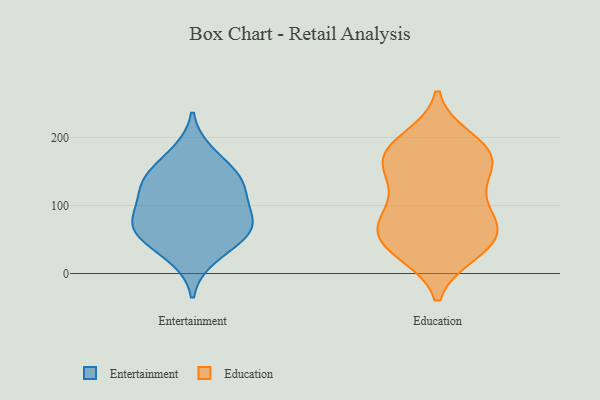
{"axis": {"x": "Net Income (USD K)", "y": "Value"}, "legend": ["Education", "Entertainment"], "data": [{"x": "", "y": 24, "type": "Entertainment"}, {"x": "", "y": 77, "type": "Entertainment"}, {"x": "", "y": 150, "type": "Entertainment"}, {"x": "", "y": 63, "type": "Entertainment"}, {"x": "", "y": 177, "type": "Entertainment"}, {"x": "", "y": 78, "type": "Entertainment"}, {"x": "", "y": 138, "type": "Entertainment"}, {"x": "", "y": 51, "type": "Entertainment"}, {"x": "", "y": 124, "type": "Entertainment"}, {"x": "", "y": 61, "type": "Entertainment"}, {"x": "", "y": 99, "type": "Entertainment"}, {"x": "", "y": 129, "type": "Entertainment"}, {"x": "", "y": 127, "type": "Education"}, {"x": "", "y": 30, "type": "Education"}, {"x": "", "y": 166, "type": "Education"}, {"x": "", "y": 73, "type": "Education"}, {"x": "", "y": 161, "type": "Education"}, {"x": "", "y": 193, "type": "Education"}, {"x": "", "y": 168, "type": "Education"}, {"x": "", "y": 65, "type": "Education"}, {"x": "", "y": 60, "type": "Education"}, {"x": "", "y": 75, "type": "Education"}, {"x": "", "y": 134, "type": "Education"}, {"x": "", "y": 79, "type": "Education"}, {"x": "", "y": 178, "type": "Education"}, {"x": "", "y": 172, "type": "Education"}, {"x": "", "y": 51, "type": "Education"}, {"x": "", "y": 198, "type": "Education"}, {"x": "", "y": 32, "type": "Education"}, {"x": "", "y": 34, "type": "Education"}, {"x": "", "y": 105, "type": "Education"}]}